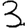
Digit: 3